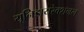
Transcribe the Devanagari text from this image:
यूनिडायरेक्शनल